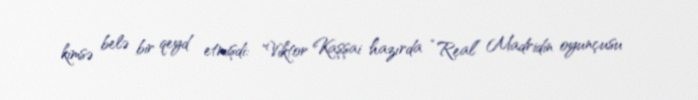
kimsə belə bir qeyd etmişdi: "Viktor Kaşşai hazırda “Real” Madridin oyunçusu